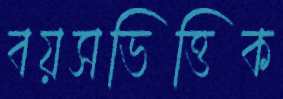
বয়সভিত্তিক